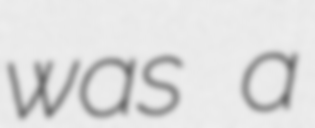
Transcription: was a